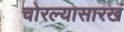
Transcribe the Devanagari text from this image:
चोरल्यासारखं